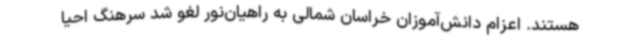
هستند. اعزام دانش‌آموزان خراسان شمالی به راهیان‌نور لغو شد سرهنگ احیا